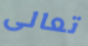
تعالى